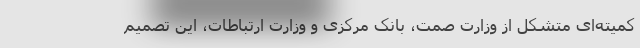
کمیته‌ای متشکل از وزارت صمت، بانک مرکزی و وزارت ارتباطات، این تصمیم